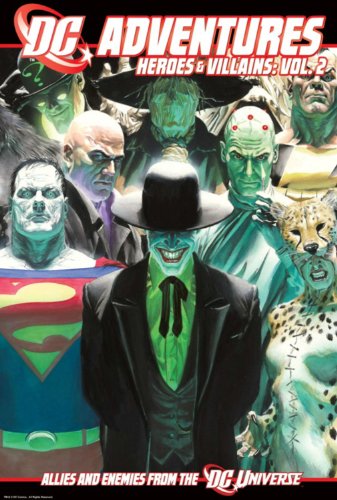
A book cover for DC Adventures Heroes and Villains Vol 2; Darren Bulmer; Science Fiction & Fantasy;